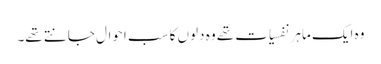
وہ ایک ماہر نفسیات تھے وہ دلوں کا سب احوال جانتے تھے۔